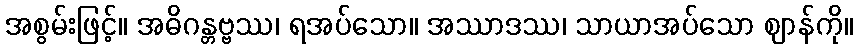
အစွမ်းဖြင့်။ အဓိဂန္တဗ္ဗဿ၊ ရအပ်သော။ အဿာဒဿ၊ သာယာအပ်သော ဈာန်ကို။